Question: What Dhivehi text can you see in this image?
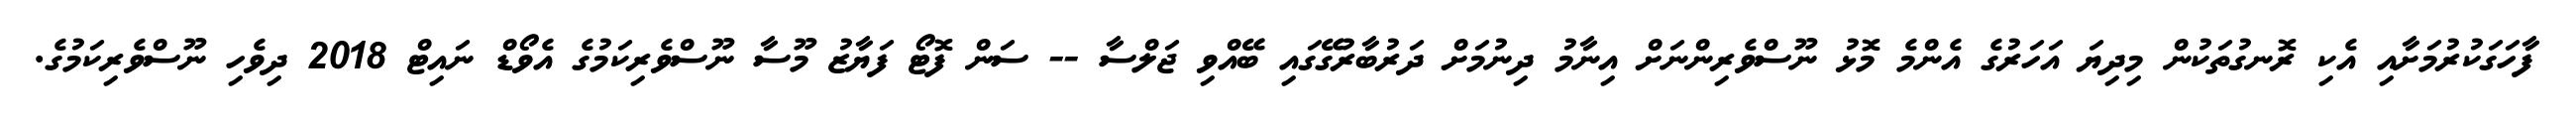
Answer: ފާހަގަކުރުމަށާއި އެކި ރޮނގުތަކުން މިދިޔަ އަހަރުގެ އެންމެ މޮޅު ނޫސްވެރިންނަށް އިނާމު ދިނުމަށް ދަރުބާރުގޭގައި ބޭއްވި ޖަލްސާ -- ސަން ފޮޓޯ ފަޔާޒު މޫސާ ނޫސްވެރިކަމުގެ އެވޯޑް ނައިޓް 2018 ދިވެހި ނޫސްވެރިކަމުގެ.